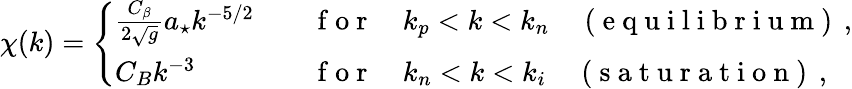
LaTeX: \chi(k)=\Bigg\{ \begin{array}{ll}{\frac{C_{\beta}}{2\sqrt{g}}a_{\star}k^{-5/2}\quad}&{\mathrm{~f~o~r~}\quad k_{p}<k<k_{n}\quad\mathrm{~(~e~q~u~i~l~i~b~r~i~u~m~)~}\, ,}\\ {C_{B}k^{-3}\quad}&{\mathrm{~f~o~r~}\quad k_{n}<k<k_{i}\quad\mathrm{~(~s~a~t~u~r~a~t~i~o~n~)~}\, ,}\end{array}